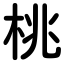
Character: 桃